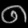
Digit: ၈